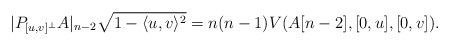
\begin{align*}|P_{[u,v]^\bot}A|_{n-2}\sqrt{1-\langle u, v\rangle^2}=n(n-1)V(A[n-2],[0,u], [0,v]).\end{align*}